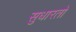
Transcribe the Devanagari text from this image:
सुधारतो